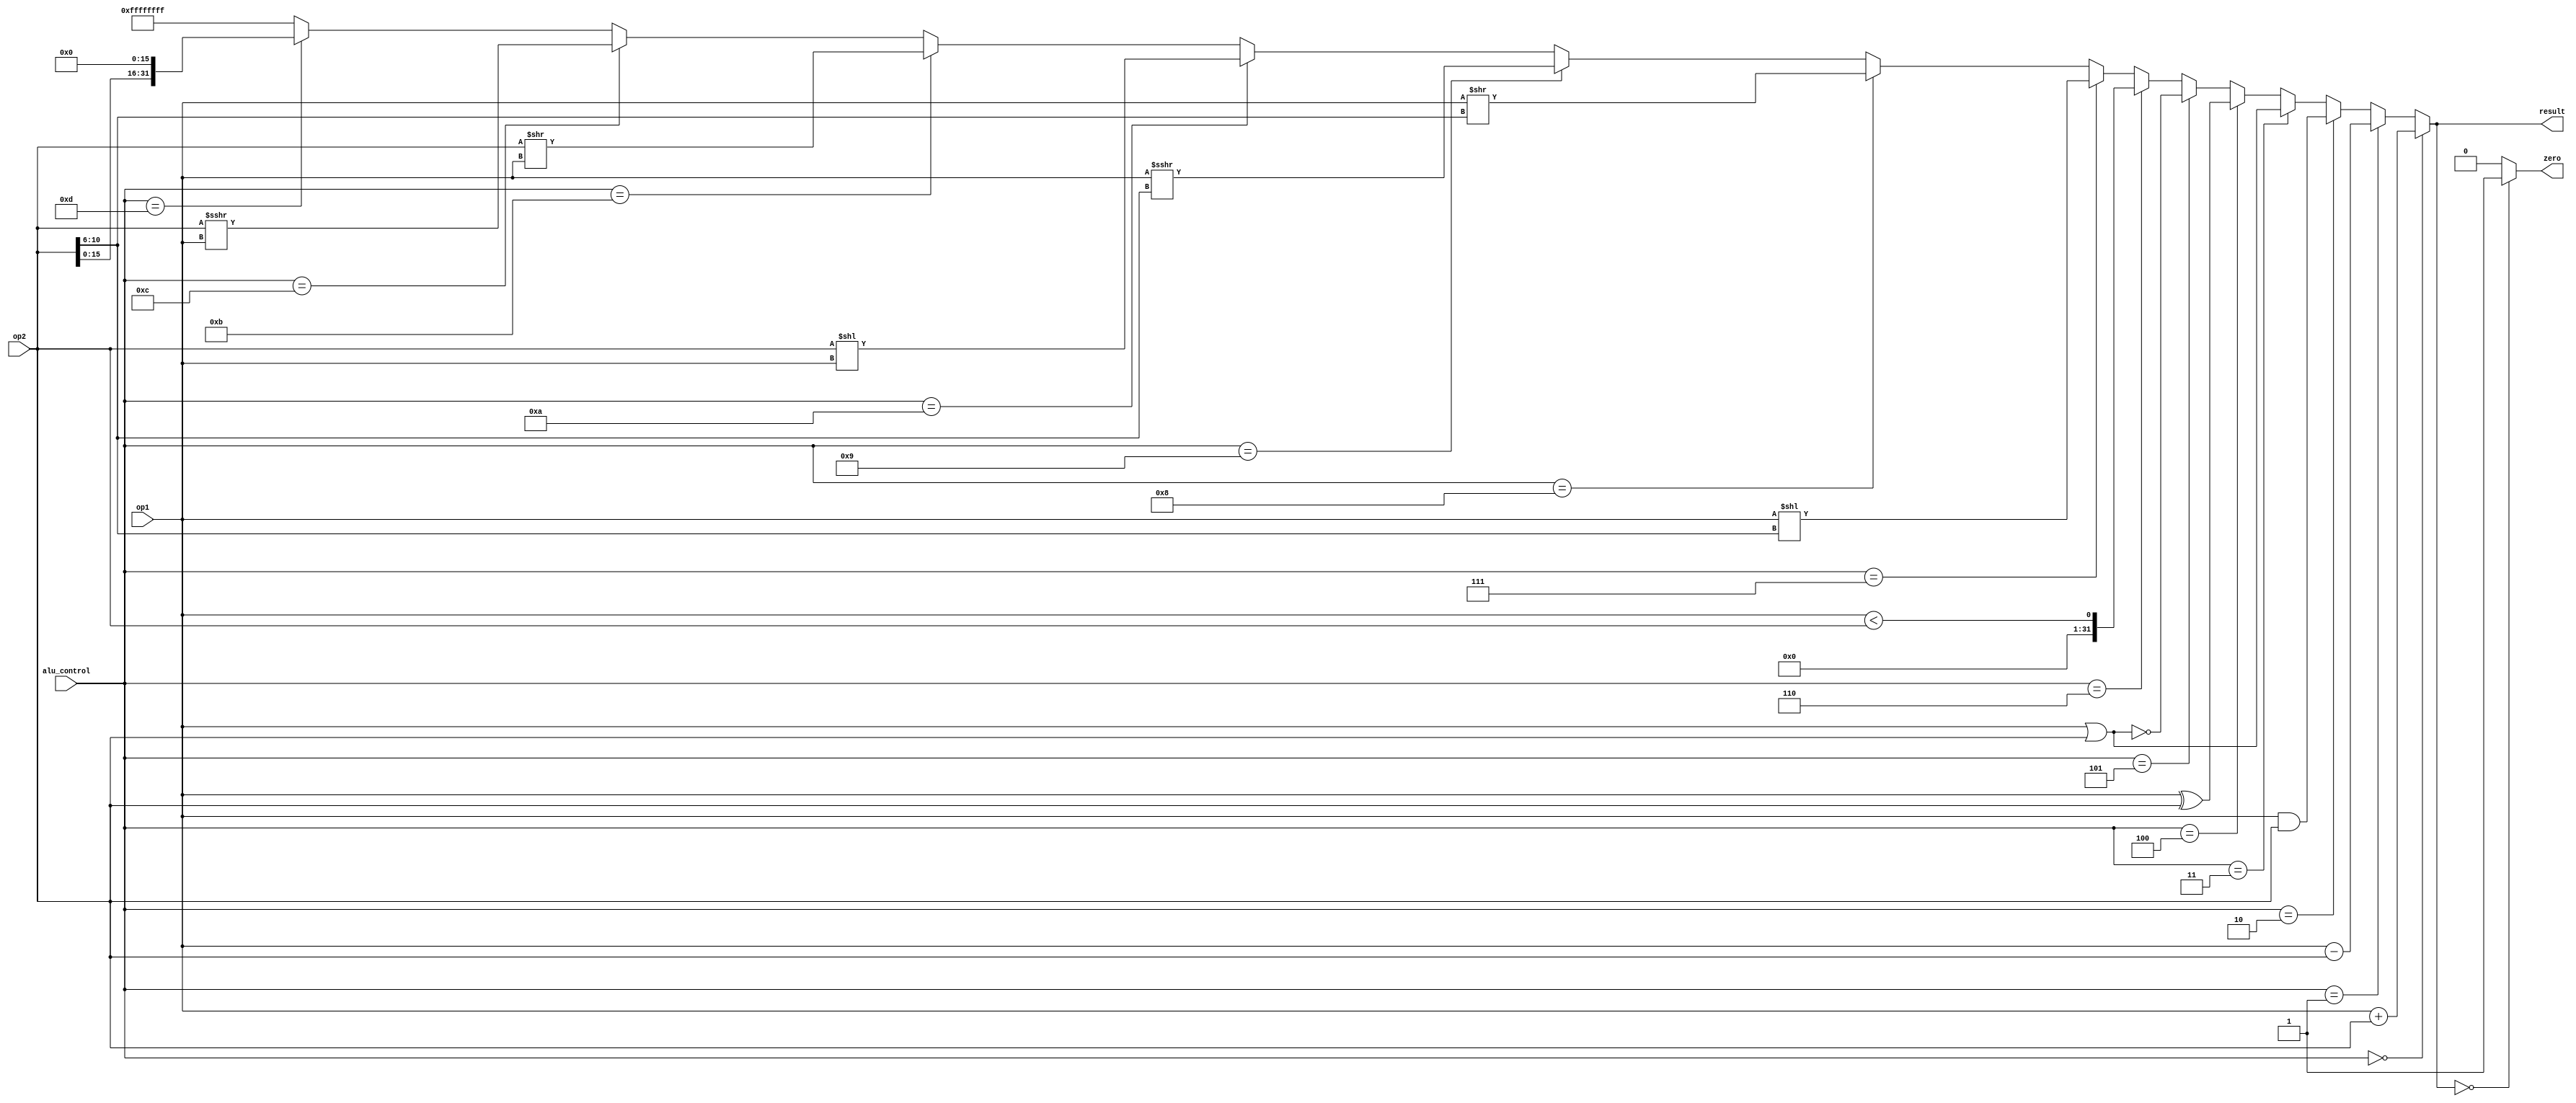
module alu #(parameter B = 32)
	(
	input wire signed [B-1:0] op1,
	input wire signed [B-1:0] op2,
	input wire [3:0] alu_control,
	output wire [B-1:0] result,
	output wire zero
	);
	
	assign result = 	(alu_control == 4'b0000) ? op1 + op2 : //ADD
							(alu_control == 4'b0001) ? op1 - op2 : //SUB
							(alu_control == 4'b0010) ? op1 & op2 : //AND
							(alu_control == 4'b0011) ? op1 | op2 : //OR
							(alu_control == 4'b0100) ? op1 ^ op2 : //XOR
							(alu_control == 4'b0101) ? ~(op1 | op2) : //NOR
							(alu_control == 4'b0110) ? op1 < op2 : //SLT
							(alu_control == 4'b0111) ? op1 << op2[10:6] : //SLL
							(alu_control == 4'b1000) ? op1 >> op2[10:6] : //SRL
							(alu_control == 4'b1001) ? {$signed(op1) >>> op2[10:6]} : //SRA
							(alu_control == 4'b1010) ? op2 << op1 : //SLLV
							(alu_control == 4'b1011) ? op2 >> op1 : //SRLV
							(alu_control == 4'b1100) ? {$signed(op2) >>> op1} : //SRAV
							(alu_control == 4'b1101) ? {op2[15:0],16'b00000000_00000000} : //LUI
							32'b11111111_11111111_11111111_11111111;
	assign zero = (result == 0) ? 1'b1 : 1'b0;
	
endmodule